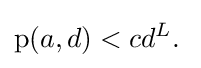
\operatorname {p} (a,d)<cd^{L}.\;